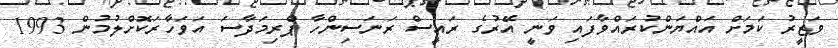
ވަޒީރު ކަމަށް އައްޔަންކުރައްވާފައި ވަނީ އޭރުގެ ރައީސް ރަނަސިންހާ ޕްރިމަދާސަ އަވަހާރަކޮށްލުމުން 1993